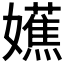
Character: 𫲔